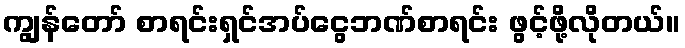
ကျွန်တော် စာရင်းရှင်အပ်ငွေဘဏ်စာရင်း ဖွင့်ဖို့လိုတယ်။